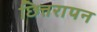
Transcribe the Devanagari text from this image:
छित्तरापन